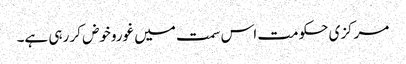
مرکزی حکومت اس سمت میں غوروخوض کر رہی ہے۔